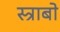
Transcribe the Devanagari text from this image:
स्त्राबो